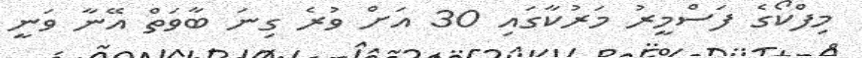
މިފްކޯގެ ފަސްމީރު މަރުކާގައި 30 އަށް ވުރެ ގިނަ ބާވަތް އޭނާ ވަނީ